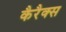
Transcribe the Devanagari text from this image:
कैरैक्स